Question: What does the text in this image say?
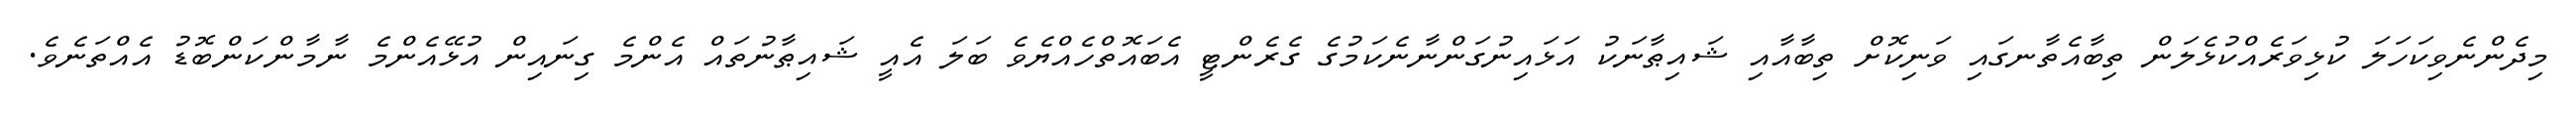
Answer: މިދެންނެވިކަހަލަ ކުޅިވަރެއްކުޅެލަން ތިބާއެތާނގައި ވަނިކޮށް ތިބާއާއި ޝައިޠާނަކު އަޅައިނުގަންނާނެކަމުގެ ގެރެންޓީ އެބައޮތްހެއްޔެވެ ބަލަ އެއީ ޝައިޠާނުތައް އެންމެ ގިނައިން އުޅޭއެންމެ ނާމާންކަންބޮޑު އެއްތަނެވެ.